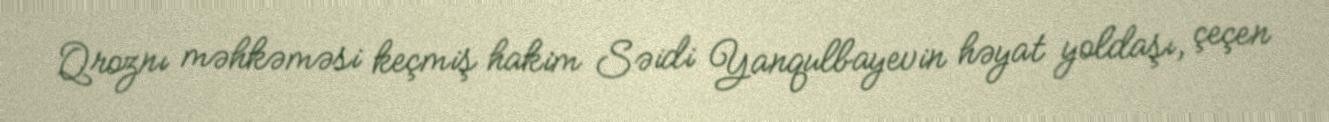
Qroznı məhkəməsi keçmiş hakim Səidi Yanqulbayevin həyat yoldaşı, çeçen